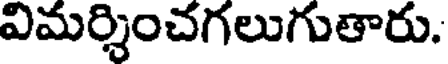
విమర్శించగలుగుతారు.